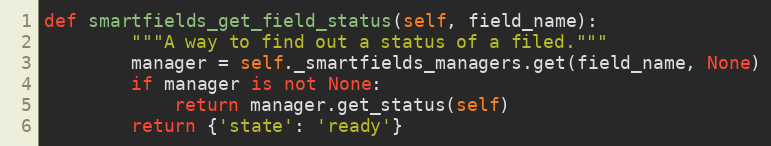
Language: Python
def smartfields_get_field_status(self, field_name):
        """A way to find out a status of a filed."""
        manager = self._smartfields_managers.get(field_name, None)
        if manager is not None:
            return manager.get_status(self)
        return {'state': 'ready'}